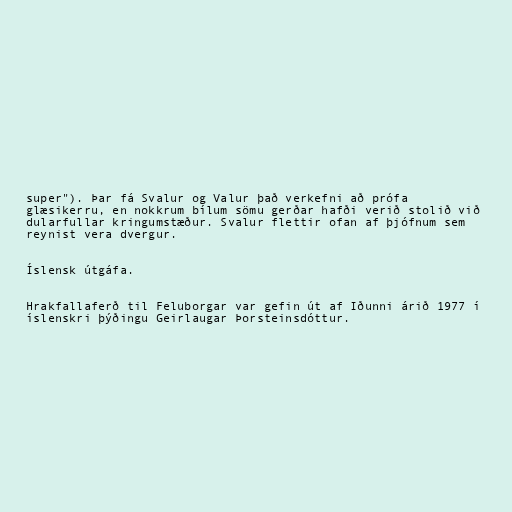
super"). Þar fá Svalur og Valur það verkefni að prófa
glæsikerru, en nokkrum bílum sömu gerðar hafði verið stolið við
dularfullar kringumstæður. Svalur flettir ofan af þjófnum sem
reynist vera dvergur.

Íslensk útgáfa.

Hrakfallaferð til Feluborgar var gefin út af Iðunni árið 1977 í
íslenskri þýðingu Geirlaugar Þorsteinsdóttur.